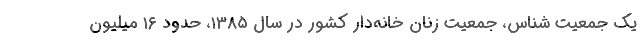
یک جمعیت شناس، جمعیت زنان خانه‌دار کشور در سال ۱۳۸۵، حدود ۱۶ میلیون